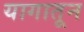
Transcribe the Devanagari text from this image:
यागातून